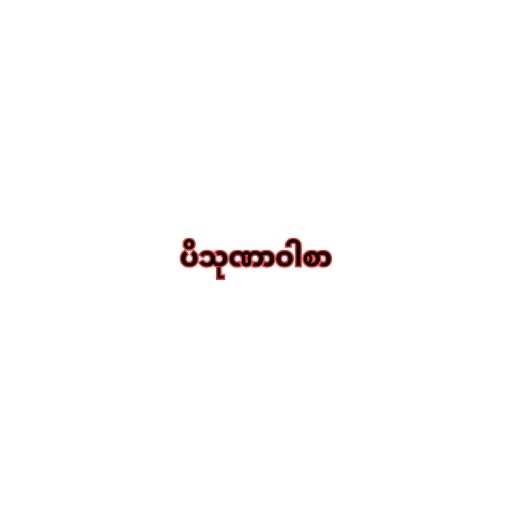
ပိသုဏာဝါစာ